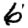
Digit: 6